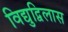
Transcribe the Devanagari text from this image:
विद्युद्विलास